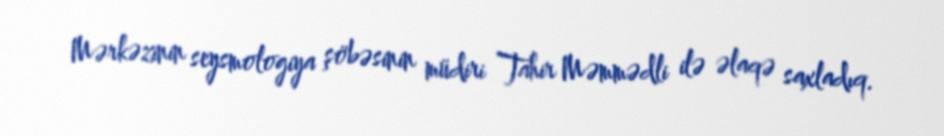
Mərkəzinin seysmologiya şöbəsinin müdiri Tahir Məmmədli ilə əlaqə saxladıq.